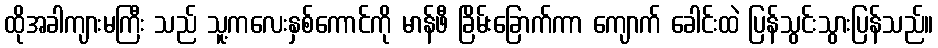
ထိုအခါကျားမကြီး သည် သူ့ကလေးနှစ်ကောင်ကို မာန်ဖီ ခြိမ်းခြောက်ကာ ကျောက် ခေါင်းထဲ ပြန်သွင်းသွားပြန်သည်။